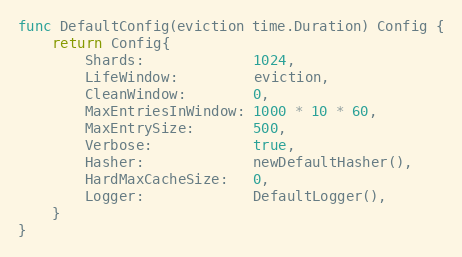
Language: Go
func DefaultConfig(eviction time.Duration) Config {
	return Config{
		Shards:             1024,
		LifeWindow:         eviction,
		CleanWindow:        0,
		MaxEntriesInWindow: 1000 * 10 * 60,
		MaxEntrySize:       500,
		Verbose:            true,
		Hasher:             newDefaultHasher(),
		HardMaxCacheSize:   0,
		Logger:             DefaultLogger(),
	}
}